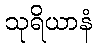
သုရိယာနံ